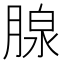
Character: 腺